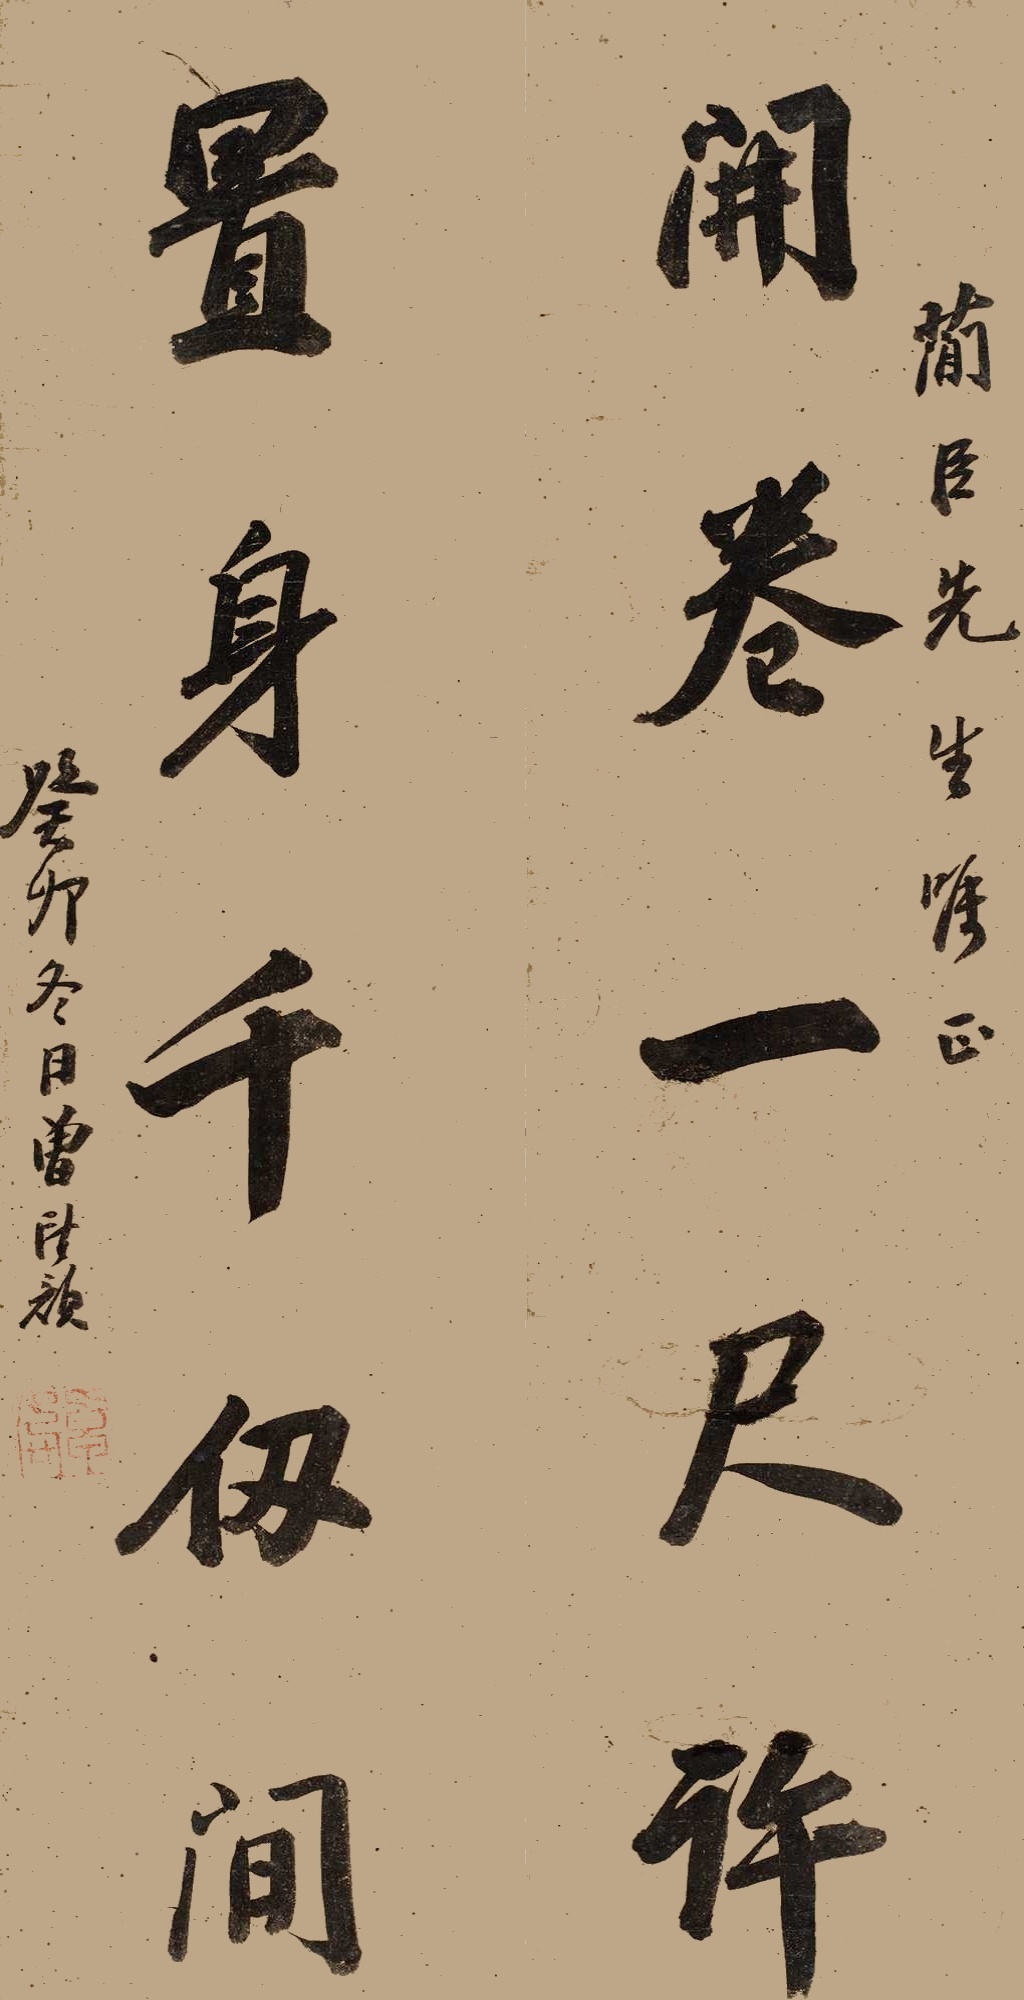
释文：开卷一尺许，置身千仞间。简臣先生嘱正，癸卯冬日曾望颜。